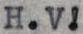
H.V!